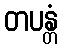
တပန္တံ